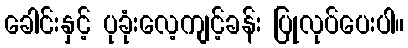
ခေါင်းနှင့် ပုခုံးလေ့ကျင့်ခန်း ပြုလုပ်ပေးပါ။